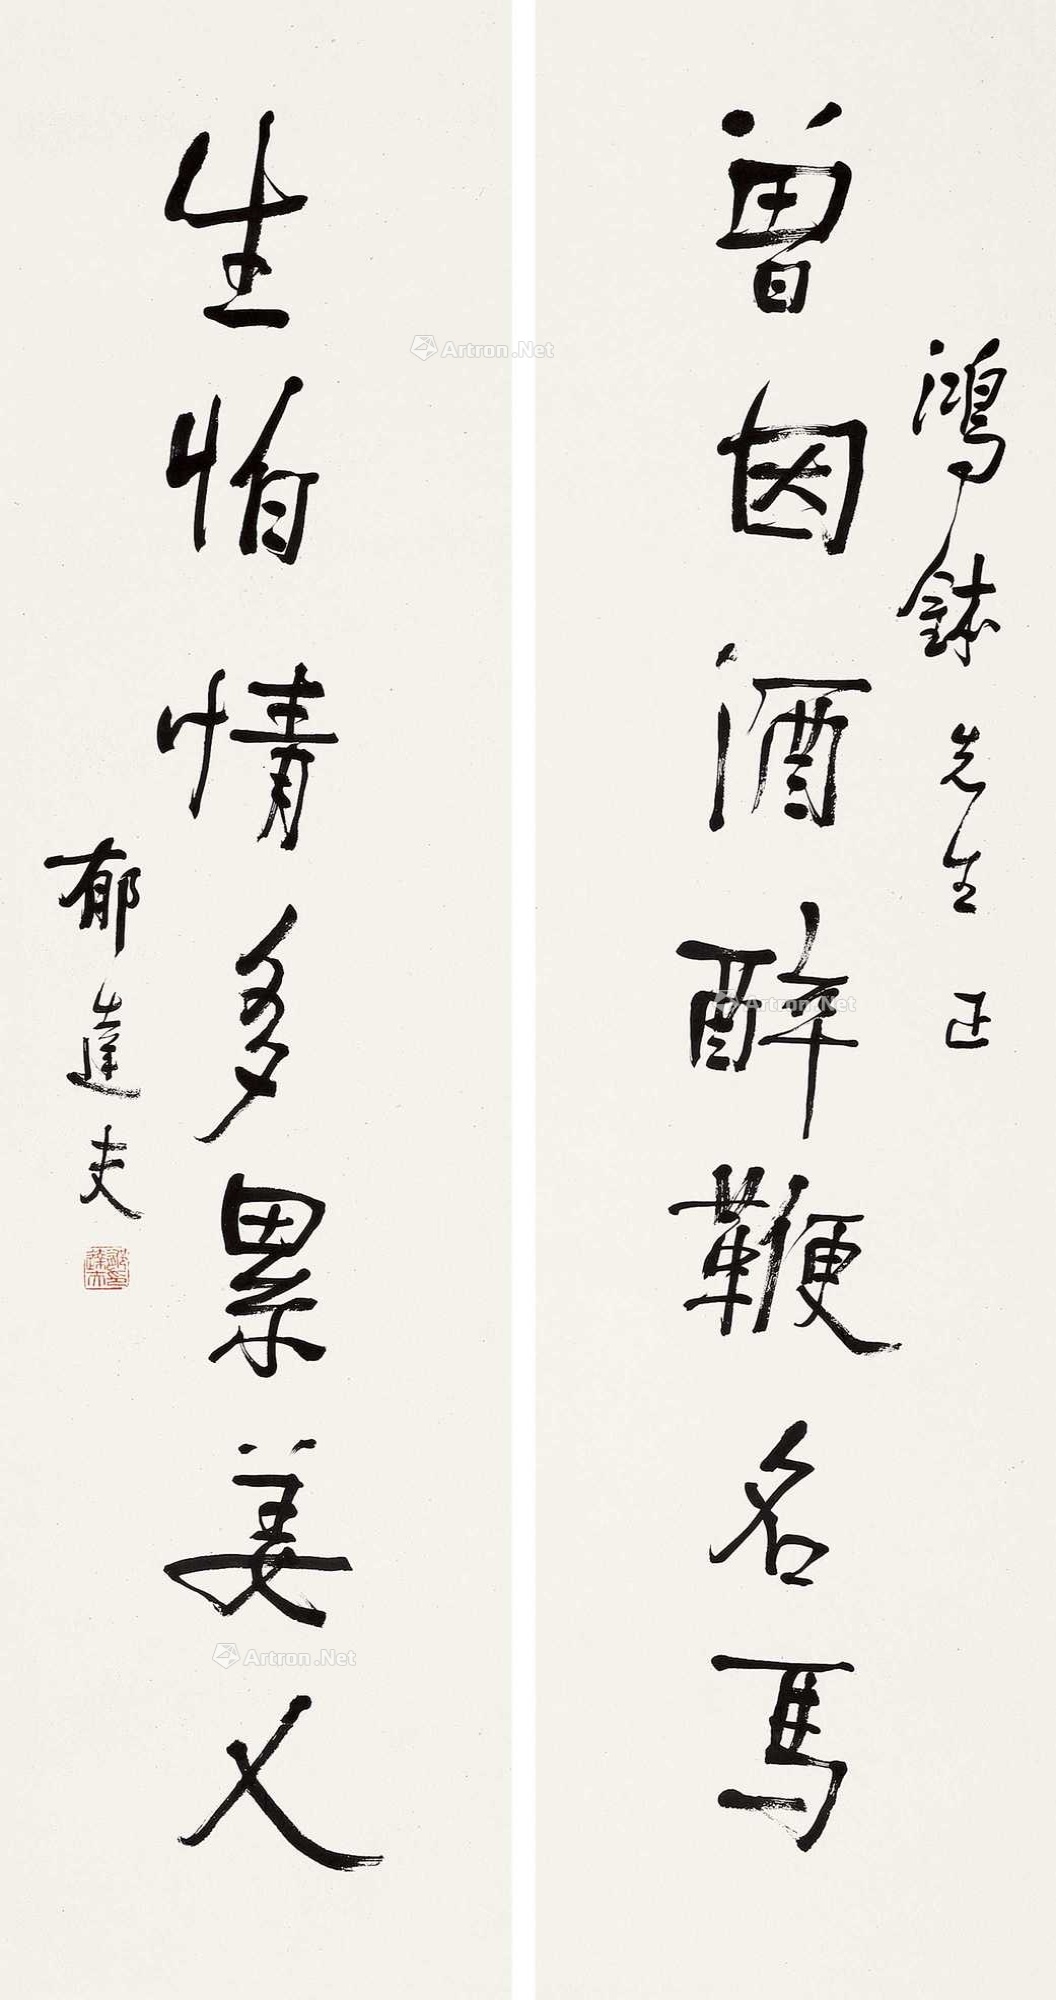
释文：曾因酒醉鞭名马，生怕情多累美人。鸿钵先生正，郁达夫。